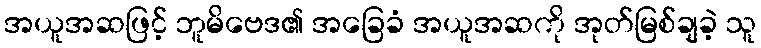
အယူအဆဖြင့် ဘူမိဗေဒ၏ အခြေခံ အယူအဆကို အုတ်မြစ်ချခဲ့ သူ